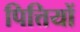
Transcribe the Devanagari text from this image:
पित्तियों